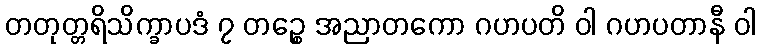
တတုတ္တရိသိက္ခာပဒံ ၇ တဉ္စေ အညာတကော ဂဟပတိ ဝါ ဂဟပတာနီ ဝါ